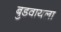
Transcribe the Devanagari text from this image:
बुडवायला